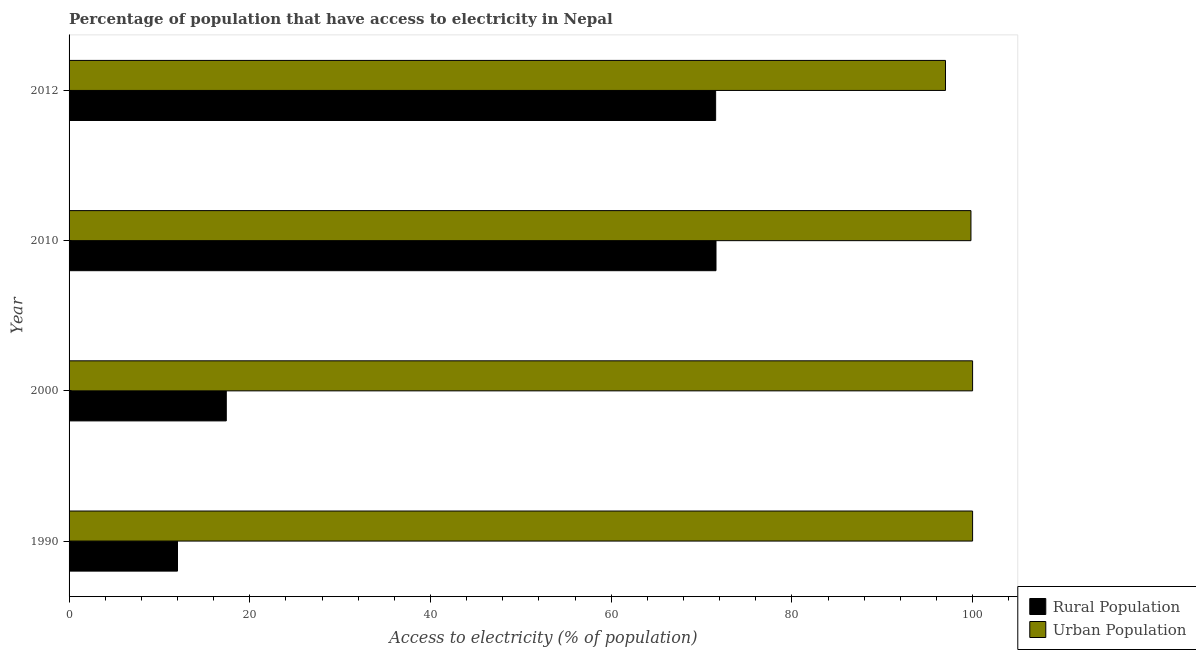
| Year | Rural Population | Urban Population |
 | --- | --- | --- |
 | 1990 | 12 | 100 |
 | 2000 | 17.4 | 100 |
 | 2010 | 71.6 | 99.8 |
 | 2012 | 71.6 | 97 |